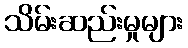
သိမ်းဆည်းမှုများ